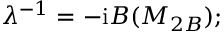
\lambda ^ { - 1 } = - \mathrm { i } B ( M _ { 2 B } ) ;